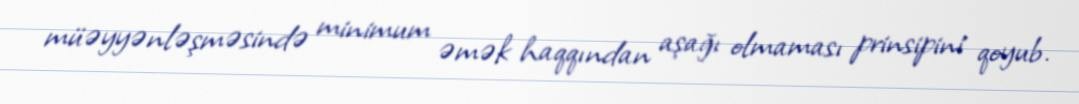
müəyyənləşməsində minimum əmək haqqından aşağı olmaması prinsipini qoyub.